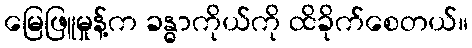
မြေဖြူမှုန့်က ခန္ဓာကိုယ်ကို ထိခိုက်စေတယ်။